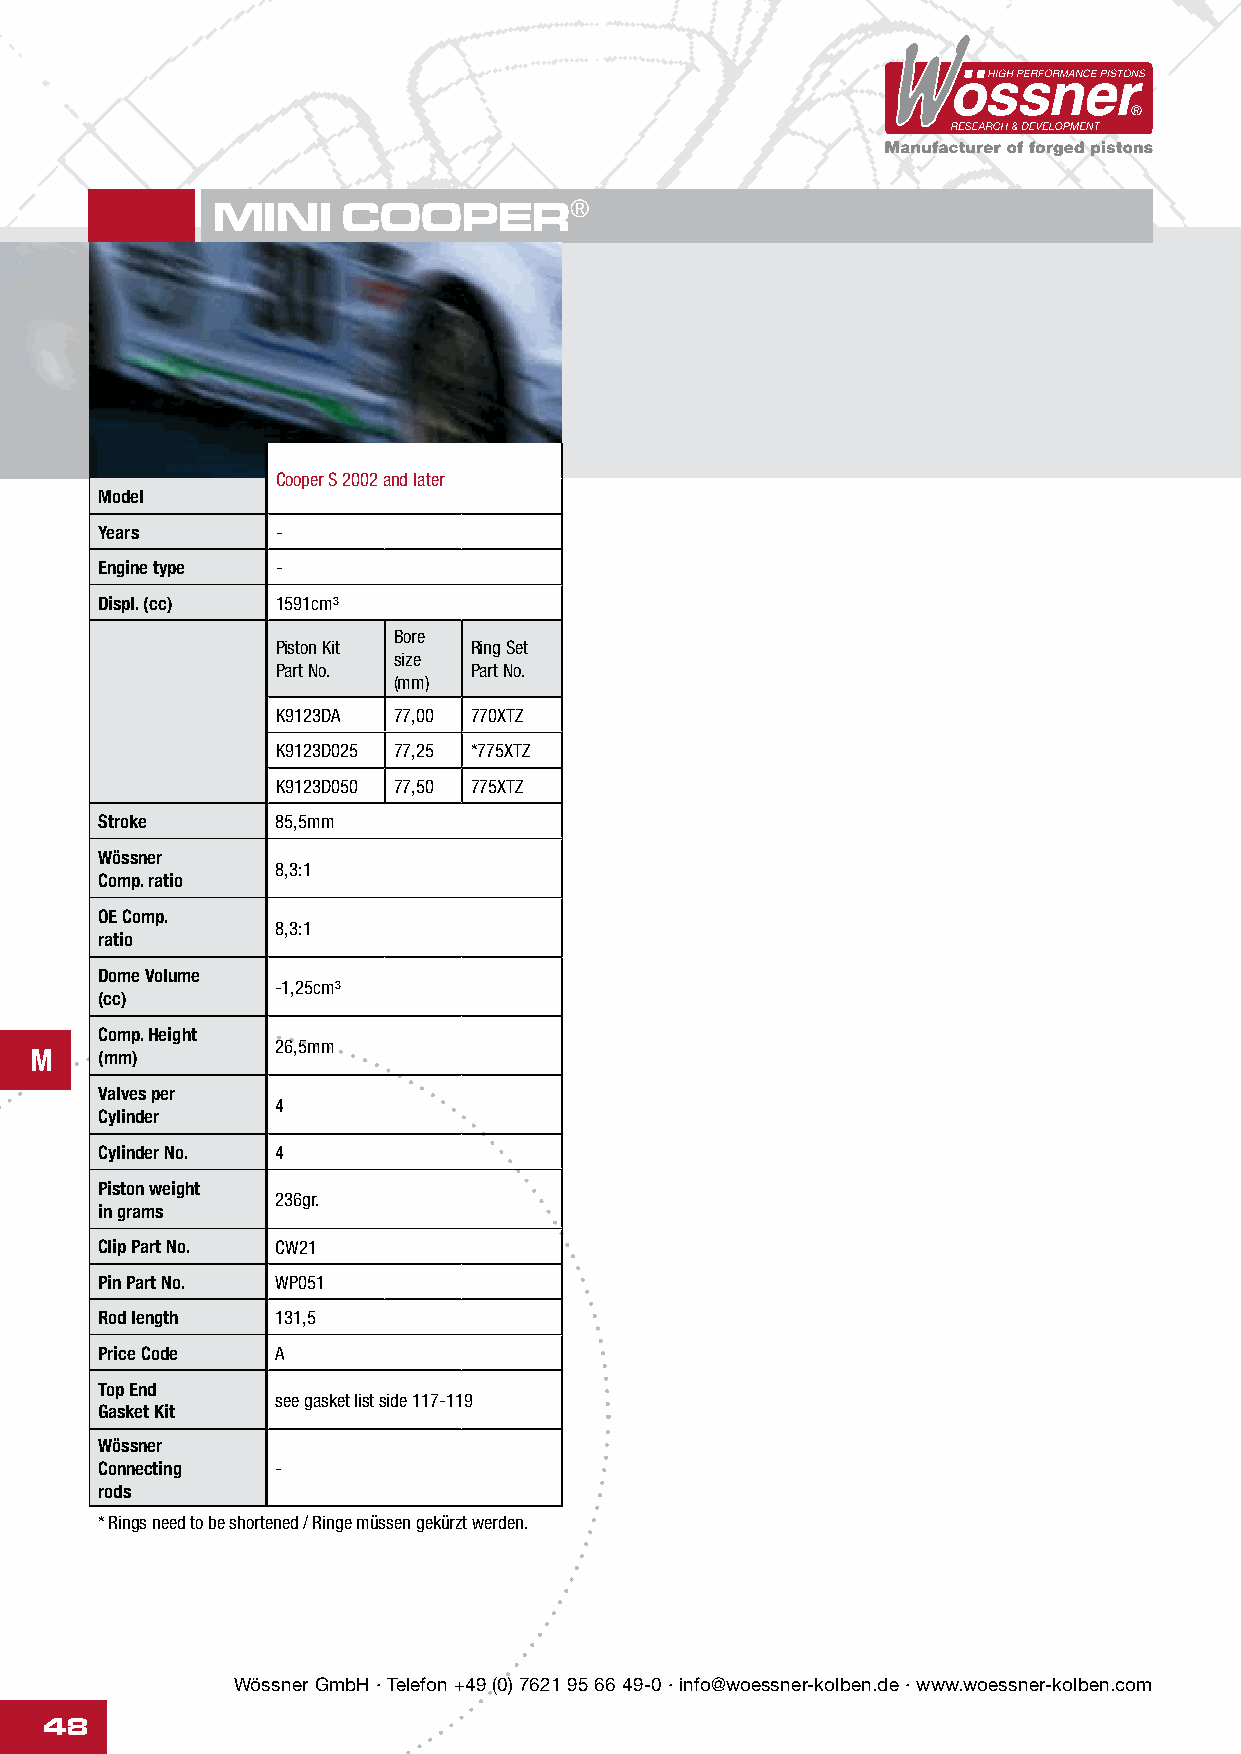
MINI     COOPER®
 Cooper S 2002 and later
 Model
 Years      -
 Engine type -
 Displ. (cc) 1591cm³
 Bore
 Piston Kit   Ring Set
 size
 Part No.     Part No.
 (mm)
 K9123DA 77,00 770XTZ
 K9123D025 77,25 *775XTZ
 K9123D050 77,50 775XTZ
 Stroke      85,5mm
 Wössner
 8,3:1
 Comp. ratio
 OE Comp.
 8,3:1
 ratio
 Dome Volume
 -1,25cm³
 (cc)
 Comp. Height
 26,5mm
 M   (mm)
 Valves per
 4
 Cylinder
 Cylinder No. 4
 Piston weight
 236gr.
 in grams
 Clip Part No. CW21
 Pin Part No. WP051
 Rod length  131,5
 Price Code  A
 Top End
 see gasket list side 117-119
 Gasket Kit
 Wössner
 Connecting  -
 rods
 * Rings need to be shortened / Ringe müssen gekürzt werden.
 Wössner GmbH · Telefon +49 (0) 7621 95 66 49-0 · info@woessner-kolben.de · www.woessner-kolben.com
 48